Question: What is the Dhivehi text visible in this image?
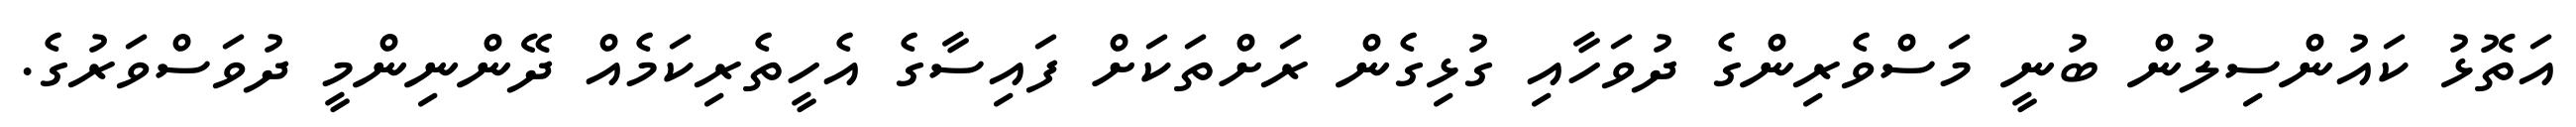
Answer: އަތޮޅު ކައުންސިލުން ބުނީ މަސްވެރިންގެ ދުވަހާއި ގުޅިގެން ރަށްތަކަށް ފައިސާގެ އެހީތެރިކަމެއް ދޭންނިންމީ ދުވަސްވަރުގެ.